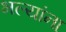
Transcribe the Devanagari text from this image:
भल्यांना